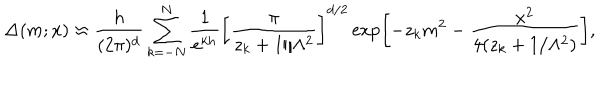
LaTeX: \Delta ( m ; x ) \approx \frac { h } { ( 2 \pi ) ^ { d } } \sum _ { k = - N } ^ { N } \frac { 1 } { e ^ { k h } } \left[ \frac { \pi } { z _ { k } + 1 / \Lambda ^ { 2 } } \right] ^ { d / 2 } \exp \left[ - z _ { k } m ^ { 2 } - \frac { x ^ { 2 } } { 4 ( z _ { k } + 1 / \Lambda ^ { 2 } ) } \right] ,